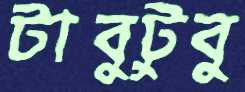
টাবুটুবু